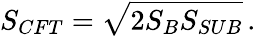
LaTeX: S_{CFT}=\sqrt{2S_{B}S_{SUB}}\, .